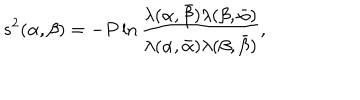
s ^ { 2 } ( \alpha , \beta ) = - P \ln \frac { \lambda ( \alpha , \bar { \beta } ) \lambda ( \beta , \bar { \alpha } ) } { \lambda ( \alpha , \bar { \alpha } ) \lambda ( \beta , \bar { \beta } ) } ,